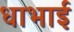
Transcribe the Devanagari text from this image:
धाभाई